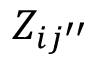
Z _ { i { j ^ { \prime \prime } } }